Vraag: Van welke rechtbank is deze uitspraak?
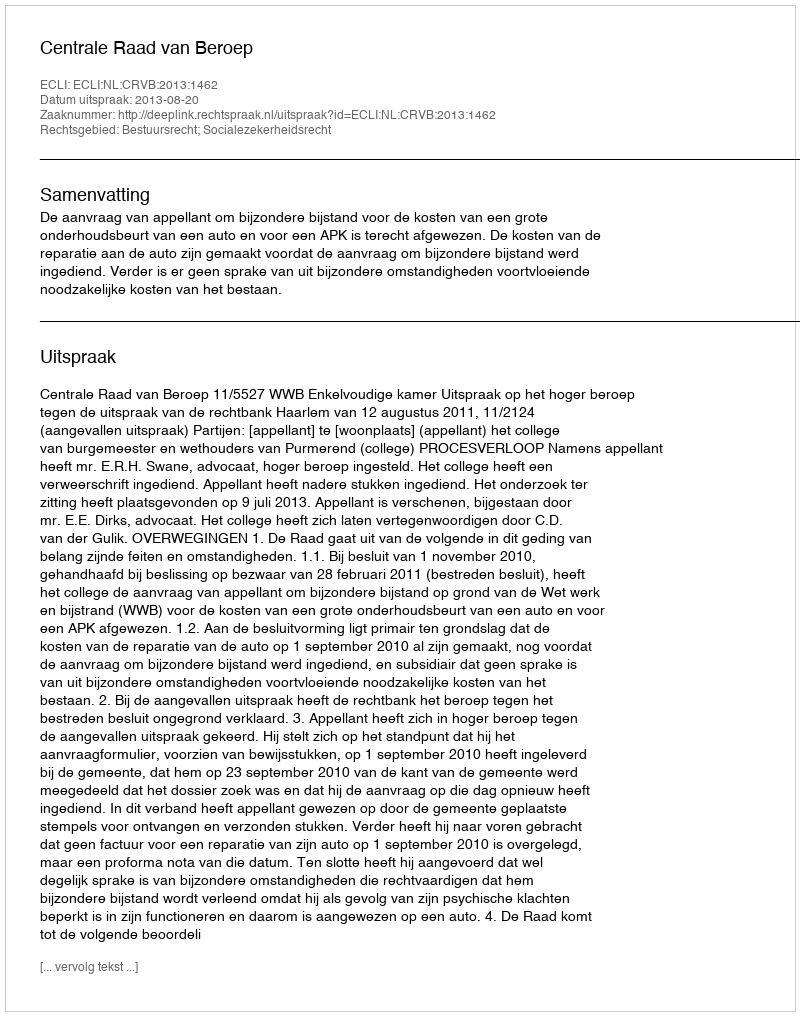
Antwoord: Centrale Raad van Beroep